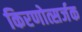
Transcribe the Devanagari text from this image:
किरणोत्सर्जक